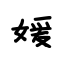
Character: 媛